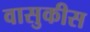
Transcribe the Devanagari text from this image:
वासुकीस